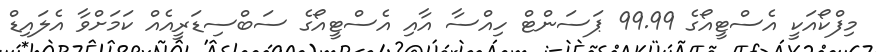
މިފްކޯއަކީ އެސްޓީއޯގެ 99.99 ޕަސަންޓް ހިއްސާ އާއި އެސްޓީއޯގެ ސަބްސިޑަރީއެއް ކަމަށްވާ އެލައިޑް